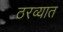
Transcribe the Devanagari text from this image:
ठरव्यात